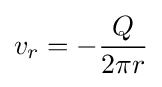
v_{r}=-{\frac {Q}{2\pi r}}